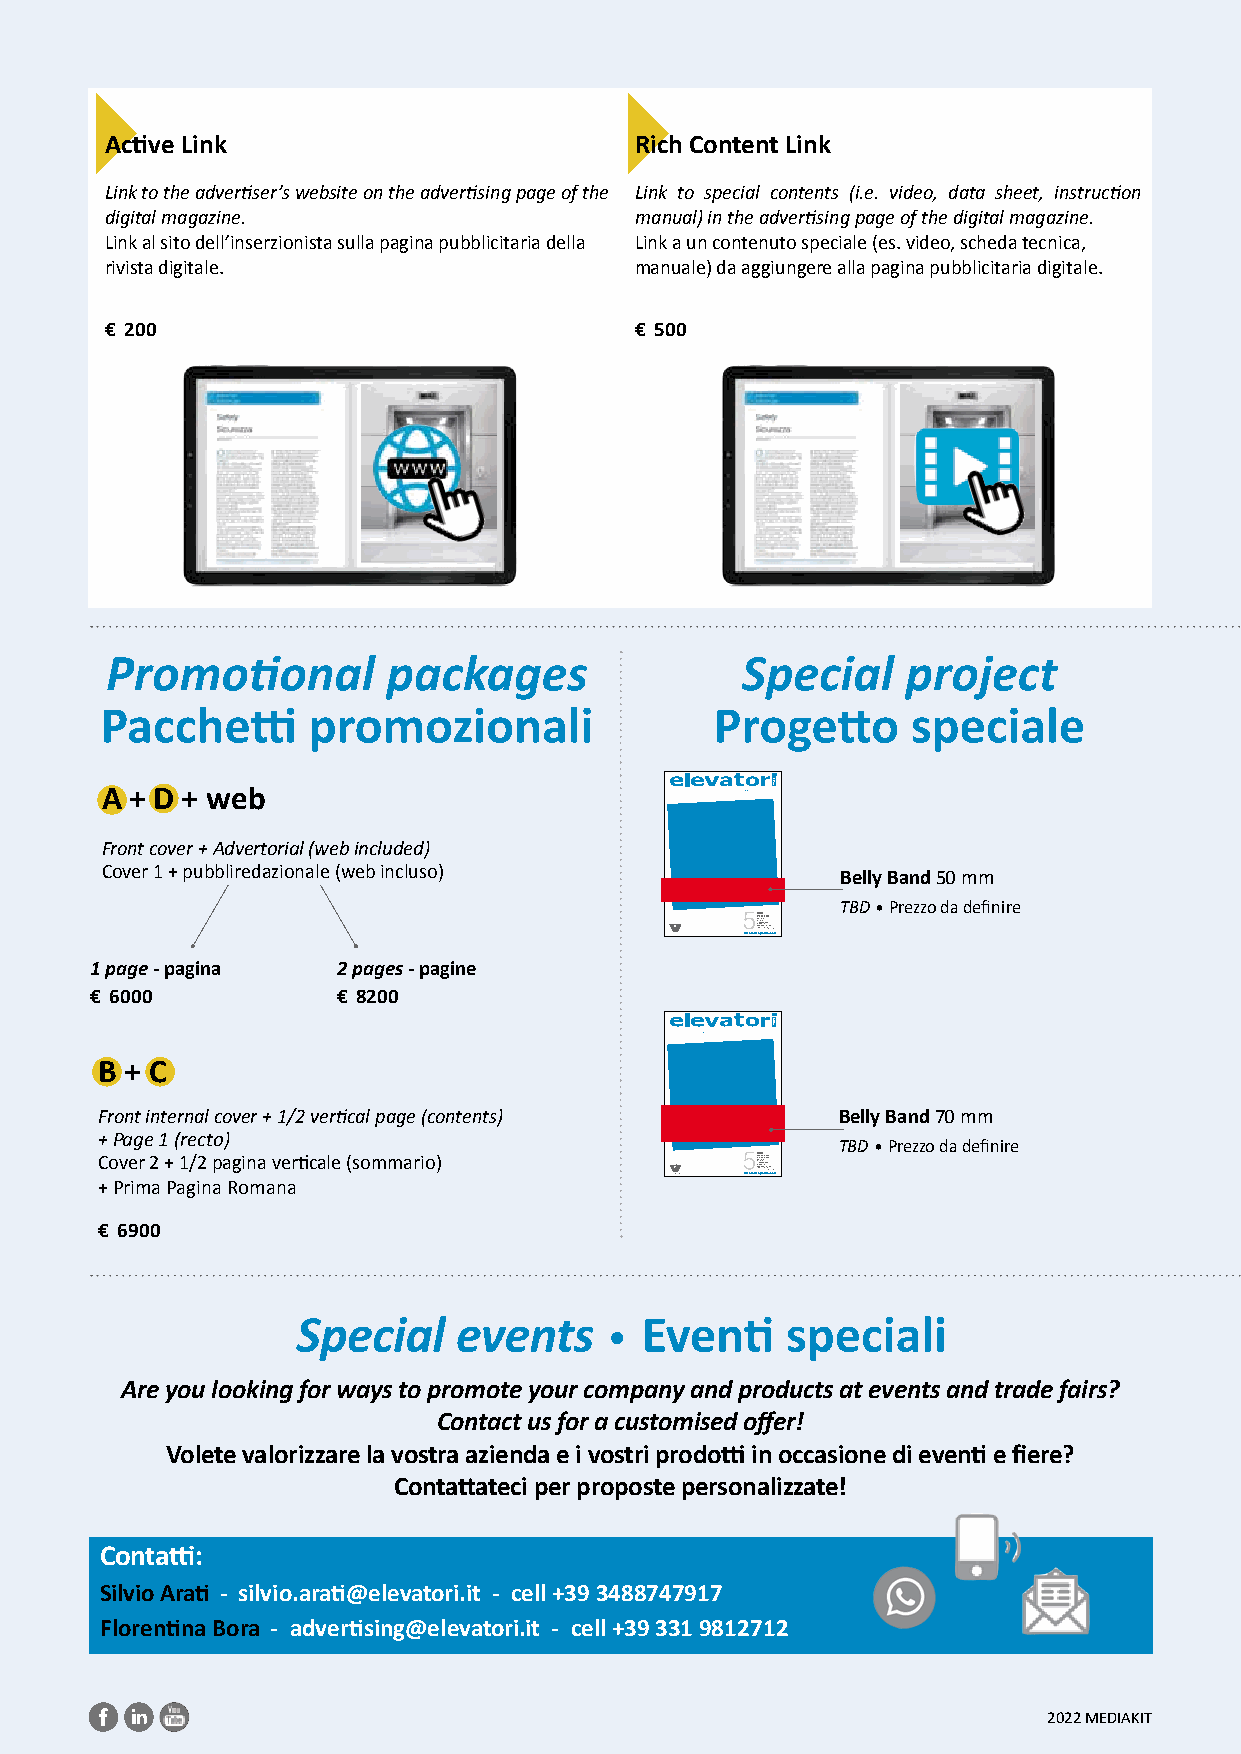
Active Link                        Rich Content Link
 Link to the advertiser’s website on the advertising page of the Link to special contents (i.e. video, data sheet, instruction
 digital magazine.                  manual) in the advertising page of the digital magazine.
 Link al sito dell’inserzionista sulla pagina pubblicitaria della Link a un contenuto speciale (es. video, scheda tecnica,
 rivista digitale.                  manuale) da aggiungere alla pagina pubblicitaria digitale.
 € 200                              € 500
 Promotional        packages               Special    project
 Pacchetti    promozionali               Progetto     speciale
 A + D + web
 Front cover + Advertorial (web included)
 Cover 1 + pubbliredazionale (web incluso)        Belly Band 50 mm
 TBD • Prezzo da definire
 elevatorimsIV2V(2SVS I.i noeen0oSi al Icpttu.0atl0 e aS pmt D6le i.e•eaNe 0m i )gm 2 d SE V5.Va pb 0db il1 ei tt r ad1 1ie g•1e ti9 ozr noA2 i7 o• ra•nr z12 n ie tnO oeO -eo 7 i,Stt inc , 9L 2 r nat Mo l9 .o 1 pb5 .b AI 7r e e (0e I%r t a.- lFcyili)aleo di Mmilano
 1 page - pagina 2 pages - pagine
 € 6000          € 8200
 B + C
 Front internal cover + 1/2 vertical page (contents) Belly Band 70 mm
 + Page 1 (recto)
 TBD • Prezzo da definire
 C + o Pv re imr 2 a + P a1 g/ i2 n p a a Rg oin ma a v ne articale (sommario) elevatorimsIV2V(2SVS I.i noeen0oSi al Icpttu.0atl0 e aS pmt D6le i.e•eaNe 0m i )gm 2 d SE V5.Va pb 0db il1 ei tt r ad1 1ie g•1e ti9 ozr noA2 i7 o• ra•nr z12 n ie tnO oeO -eo 7 i,Stt inc , 9L 2 r nat Mo l9 .o 1 pb5 .b AI 7r e e (0e I%r t a.- lFcyili)aleo di Mmilano
 € 6900
 Special   events      Eventi    speciali
 •
 Are you looking for ways to promote your company and products at events and trade fairs?
 Contact us for a customised offer!
 Volete valorizzare la vostra azienda e i vostri prodotti in occasione di eventi e fiere?
 Contattateci per proposte personalizzate!
 Contatti:
 Silvio Arati - silvio.arati@elevatori.it - cell +39 3488747917
 Florentina Bora - advertising@elevatori.it - cell +39 331 9812712
 2022 MEDIAKIT